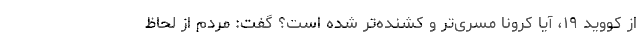
از کووید ۱۹، آیا کرونا مسری‌تر و کشنده‌تر شده است؟ گفت: مردم از لحاظ